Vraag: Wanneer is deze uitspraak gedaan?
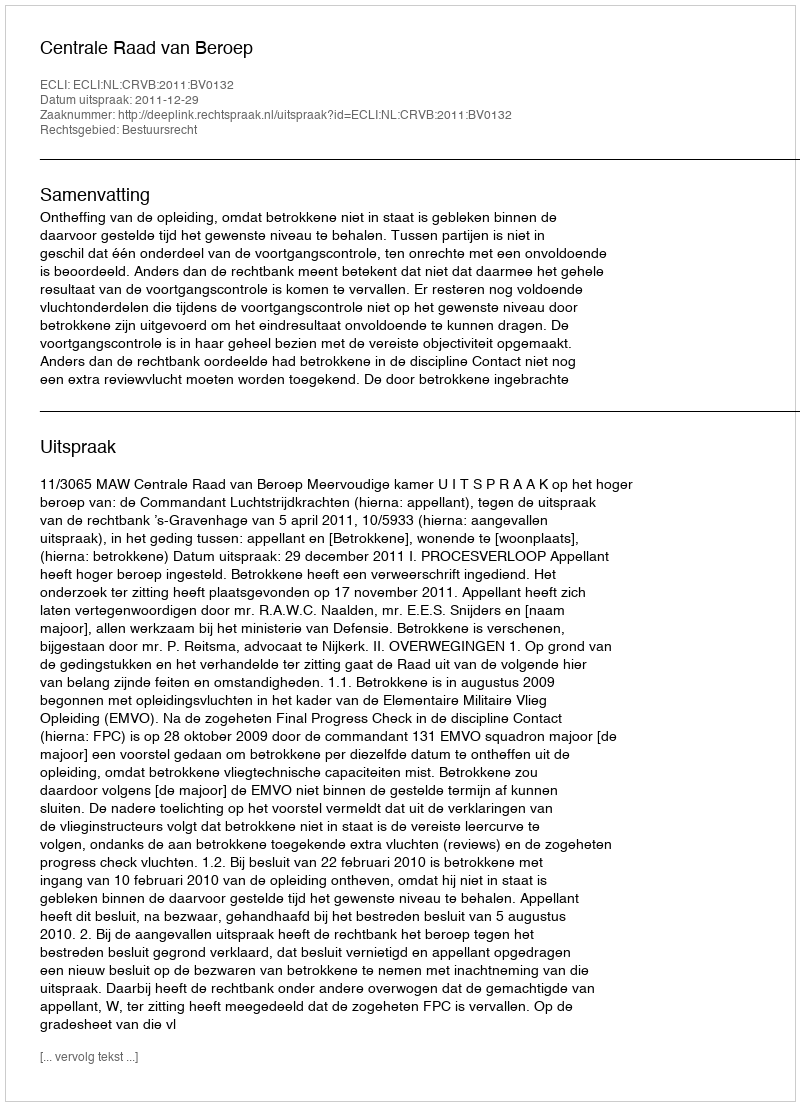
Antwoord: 2011-12-29